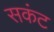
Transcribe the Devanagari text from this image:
सकंट